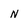
Character: N